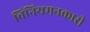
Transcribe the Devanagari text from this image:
विनियमनकारी